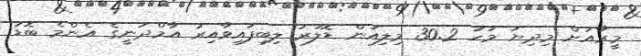
މީރާއަށް މިދިޔަ މަހު 30.2 މިލިއަން ޑޮލަރު ލިބިފައިވާއިރު އާމްދަނީގެ އެންމެ ބޮޑު